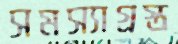
সমস্যাগ্রস্ত